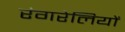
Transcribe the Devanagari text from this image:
रंगरेलियों